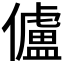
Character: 𠐳